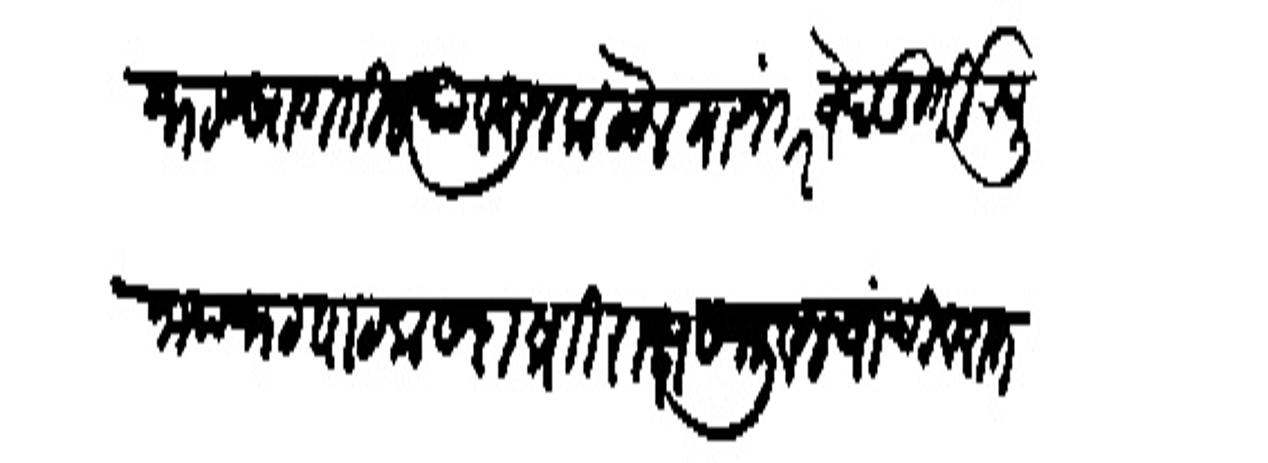
Transliteration (Devanagari): नट सांगतील त्यावरून कळेल यानंतर वेदमूर्ती रघुनाथभट पाठक सदाव्रती राक्षसभुवन यांची वरात